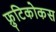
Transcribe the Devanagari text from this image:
फ्रुटिकोकस